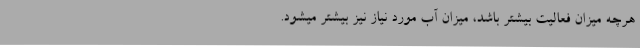
هرچه میزان فعالیت بیشتر باشد، میزان آب مورد نیاز نیز بیشتر میشود.